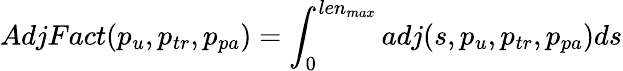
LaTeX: AdjFact(p_{u},p_{tr},p_{pa})=\int_{0}^{len_{max}}adj(s,p_{u},p_{tr},p_{pa})ds